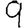
Digit: 9